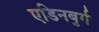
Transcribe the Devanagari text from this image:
एडिनबुर्ग